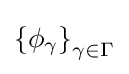
\left\{\phi _{\gamma }\right\}_{\gamma \in \Gamma }